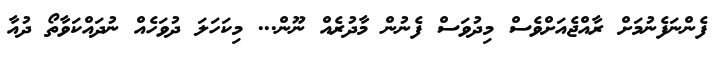
ފެންނަފެނުމަށް ރާއްޖެއަށްވެސް މިދުވަސް ފެނުން މާދުރެއް ނޫން... މިކަހަލަ ދުވަހެއް ނުދައްކަވާތޯ ދުއާ